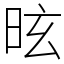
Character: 昡